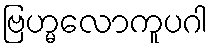
ဗြဟ္မလောကူပဂါ